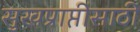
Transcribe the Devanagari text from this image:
सुखप्राप्तीसाठी